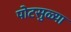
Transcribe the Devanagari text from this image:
पोटसुळ्या